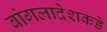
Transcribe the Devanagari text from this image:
बांगलादेशकडे